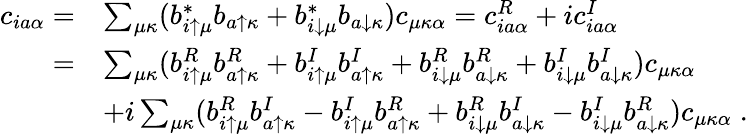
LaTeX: \begin{array}{rl}{c_{ia\alpha}=}&{\sum_{\mu\kappa}(b_{i\uparrow\mu}^{*}b_{a\uparrow\kappa}+b_{i\downarrow\mu}^{*}b_{a\downarrow\kappa})c_{\mu\kappa\alpha}=c_{ia\alpha}^{R}+ic_{ia\alpha}^{I}}\\ {=}&{\sum_{\mu\kappa}(b_{i\uparrow\mu}^{R}b_{a\uparrow\kappa}^{R}+b_{i\uparrow\mu}^{I}b_{a\uparrow\kappa}^{I}+b_{i\downarrow\mu}^{R}b_{a\downarrow\kappa}^{R}+b_{i\downarrow\mu}^{I}b_{a\downarrow\kappa}^{I})c_{\mu\kappa\alpha}}\\ &{+i\sum_{\mu\kappa}(b_{i\uparrow\mu}^{R}b_{a\uparrow\kappa}^{I}-b_{i\uparrow\mu}^{I}b_{a\uparrow\kappa}^{R}+b_{i\downarrow\mu}^{R}b_{a\downarrow\kappa}^{I}-b_{i\downarrow\mu}^{I}b_{a\downarrow\kappa}^{R})c_{\mu\kappa\alpha}\; .}\end{array}